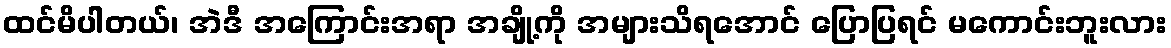
ထင်မိပါတယ်၊ အဲဒီ အကြောင်းအရာ အချို့ကို အများသိရအောင် ပြောပြရင် မကောင်းဘူးလား